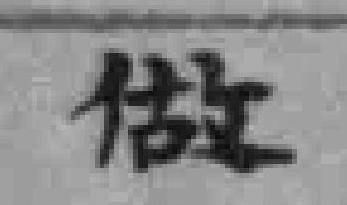
做